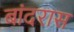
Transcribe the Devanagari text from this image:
बांदरास